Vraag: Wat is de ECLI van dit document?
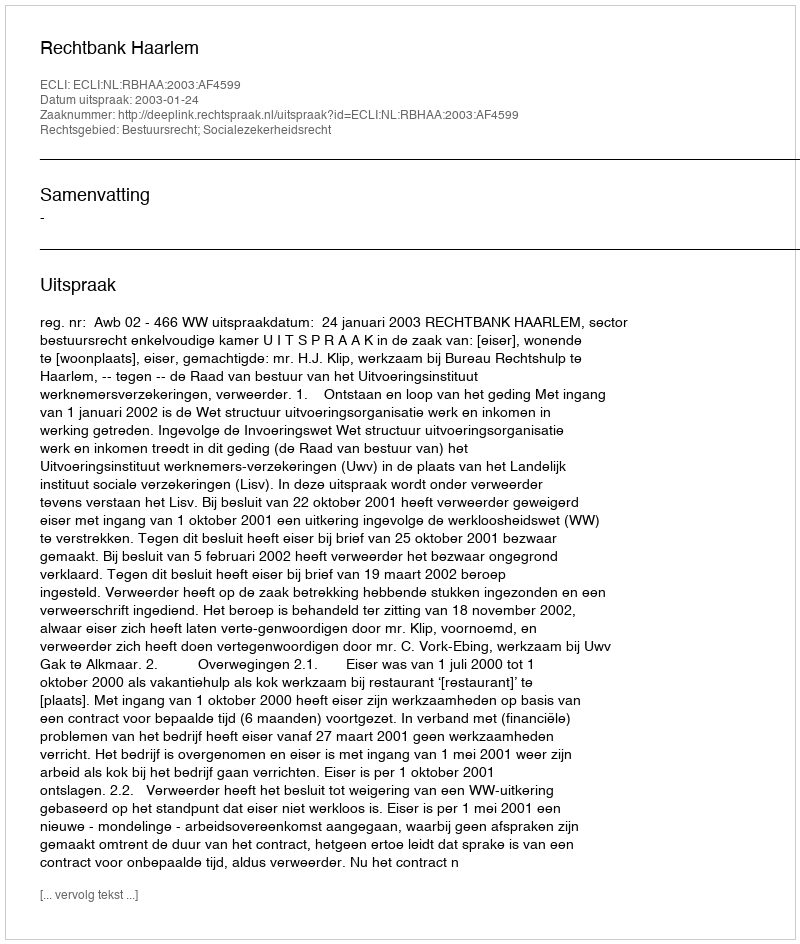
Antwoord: ECLI:NL:RBHAA:2003:AF4599